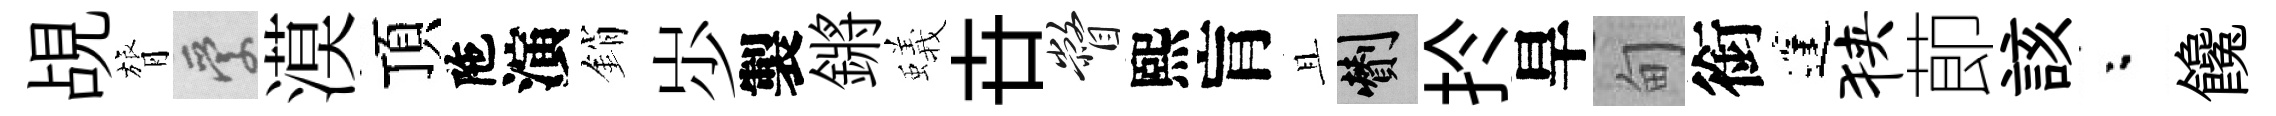
覘膂愛漠頂陁演銷𡵯製鏘蟻卋瞥熙肓且剪扵旱甸銜蓬狭莭該粉饞